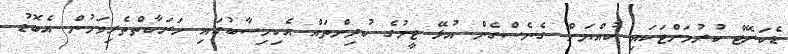
ޑެކަރޭޓް ކުރުމަށްޓަކައި ކުއްޔަށް ގެނެސްގެން އުޅޭ ޓީމުގެ ކުދިންތައް އެކިހިސާބުގައި ހަރަކާތްތެރިވަމުން އެބޮޑު